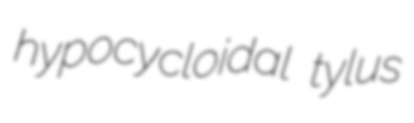
hypocycloidal tylus